Indian journal of veterinary science and animal husbandry - Volume 5,
Year: 1935
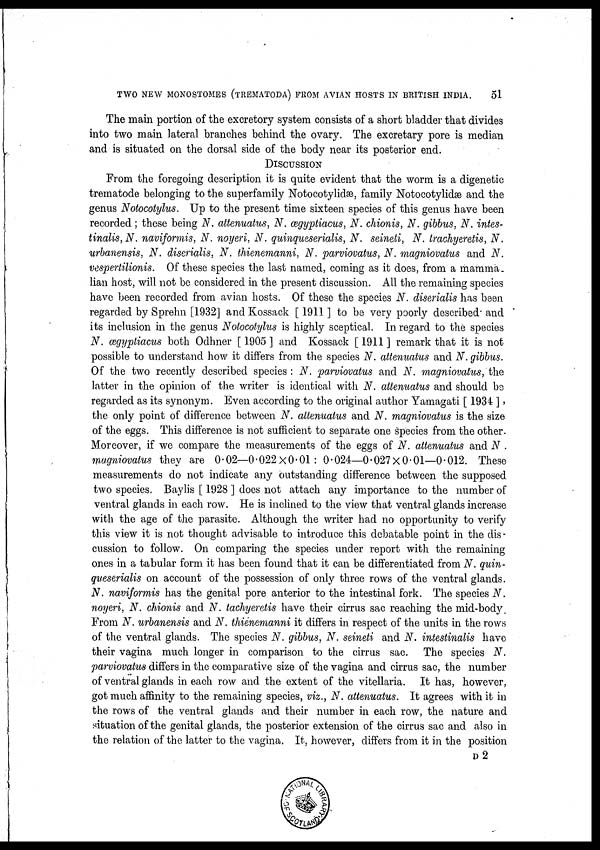
TWO NEW MONOSTOMES (TREMATODA) FROM AVIAN HOSTS IN BRITISH INDIA.
51
The main portion of the excretory system consists of a short bladder that divides
into two main lateral branches behind the ovary. The excretary pore is median
and is situated on the dorsal side of the body near its posterior end.
DISCUSSION
From the foregoing description it is quite evident that the worm is a digenetic
trematode belonging to the superfamily Notocotylidæ, family Notocotylidæ and the
genus Notocotylus. Up to the present time sixteen species of this genus have been
recorded ; these being N. attenuatus, N. ægyptiacus, N. chionis, N. gibbus, N. intes-
tinalis,N. naviformis, N. noyeri, N. quinqueserialis, N. seineti, N. trachyeretis, N.
urbanensis, N. discrialis, N. thienemanni, N. parviovatus, N. magniovatus and N.
vespertilionis. Of these species the last named, coming as it does, from a mamma-
lian host, will not be considered in the present discussion. All the remaining species
have been recorded from avian hosts. Of these the species N. diserialis has been
regarded by Sprehn [1932] and Kossack [ 1911 ] to be very poorly described' and
its inclusion in the genus Notocotylus is highly sceptical. In regard to the species
N. ægyptiacus both Odhner [1905] and Kossack [1911] remark that it is not
possible to understand how it differs from the species N. attenuatus and N. gibbus.
Of the two recently described species : N. parviovatus and N. magniovatus, the
latter in the opinion of the writer is identical with N. attenuatus and should be
regarded as its synonym. Even according to the original author Yamagati [ 1934 ] ,
the only point of difference between N. attenuatus and N. magniovatus is the size
of the eggs. This difference is not sufficient to separate one species from the other.
Moreover, if we compare the measurements of the eggs of N. attenuatus and N .
magniovatus they are 0.02—0.022 × 0.01 : 0.024—0.027 × 0.01—0.012. These
measurements do not indicate any outstanding difference between the supposed
two species. Baylis [ 1928 ] does not attach any importance to the number of
ventral glands in each row. He is inclined to the view that ventral glands increase
with the age of the parasite. Although the writer had no opportunity to verify
this view it is not thought advisable to introduce this debatable point in the dis-
cussion to follow. On comparing the species under report with the remaining
ones in a tabular form it has been found that it can be differentiated from N. quin-
queserialis on account of the possession of only three rows of the ventral glands.
N. naviformis has the genital pore anterior to the intestinal fork. The species N.
noyeri, N. chionis and N. tachyeretis have their cirrus sac reaching the mid-body.
From N. urbanensis and N. thienemanni it differs in respect of the units in the rows
of the ventral glands. The species N. gibbus, N. seineti and N. intestinalis have
their vagina much longer in comparison to the cirrus sac. The species N.
parviovatus differs in the comparative size of the vagina and cirrus sac, the number
of ventral glands in each row and the extent of the vitellaria. It has, however,
got much affinity to the remaining species, viz., N. attenuatus. It agrees with it in
the rows of the ventral glands and their number in each row, the nature and
situation of the genital glands, the posterior extension of the cirrus sac and also in
the relation of the latter to the vagina. It, however, differs from it in the position
D 2